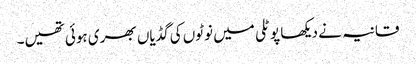
قانیہ نے دیکھا پوٹلی میں نوٹوں کی گڈیاں بھری ہوئی تھیں۔